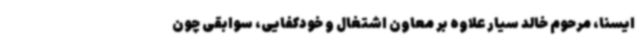
ایسنا، مرحوم خالد سیار علاوه بر معاون اشتغال و خودکفایی، سوابقی چون